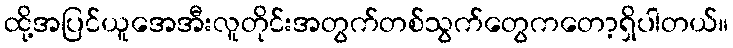
ထို့အပြင်ယူအေအီးလူတိုင်းအတွက်တစ်သွက်တွေကတော့ရှိပါတယ်။